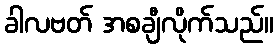
ခါလဗတ် အစချီလိုက်သည်။